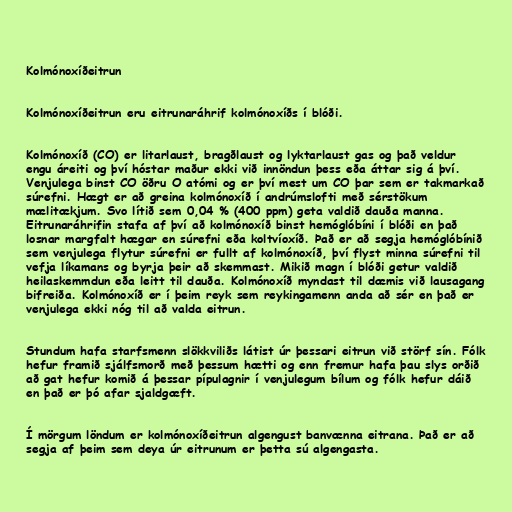
Kolmónoxíðeitrun

Kolmónoxíðeitrun eru eitrunaráhrif kolmónoxíðs í blóði.

Kolmónoxíð (CO) er litarlaust, bragðlaust og lyktarlaust gas og það veldur
engu áreiti og því hóstar maður ekki við innöndun þess eða áttar sig á því.
Venjulega binst CO öðru O atómi og er því mest um CO þar sem er takmarkað
súrefni. Hægt er að greina kolmónoxíð í andrúmslofti með sérstökum
mælitækjum. Svo lítið sem 0,04 % (400 ppm) geta valdið dauða manna.
Eitrunaráhrifin stafa af því að kolmónoxíð binst hemóglóbíni í blóði en það
losnar margfalt hægar en súrefni eða koltvíoxíð. Það er að segja hemóglóbínið
sem venjulega flytur súrefni er fullt af kolmónoxíð, því flyst minna súrefni til
vefja líkamans og byrja þeir að skemmast. Mikið magn í blóði getur valdið
heilaskemmdun eða leitt til dauða. Kolmónoxíð myndast til dæmis við lausagang
bifreiða. Kolmónoxíð er í þeim reyk sem reykingamenn anda að sér en það er
venjulega ekki nóg til að valda eitrun.

Stundum hafa starfsmenn slökkviliðs látist úr þessari eitrun við störf sín. Fólk
hefur framið sjálfsmorð með þessum hætti og enn fremur hafa þau slys orðið
að gat hefur komið á þessar pípulagnir í venjulegum bílum og fólk hefur dáið
en það er þó afar sjaldgæft.

Í mörgum löndum er kolmónoxíðeitrun algengust banvænna eitrana. Það er að
segja af þeim sem deya úr eitrunum er þetta sú algengasta.